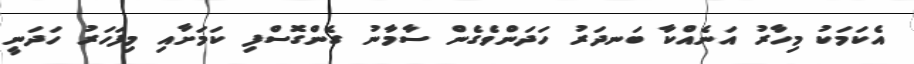
އެކަމަކު މިހާރު އަނެއްކާ ބަނދަރު ހަދަންވެގެން ސާމާނު ގެންގޮސްފި ކަމަށާއި މިފަހަރު ހަދަނީ